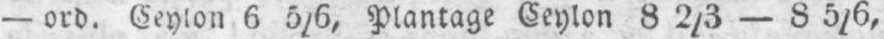
- ord. Ceylon 6 5/6, Plantage Ceylon 8 2/3 - 8 5/6,